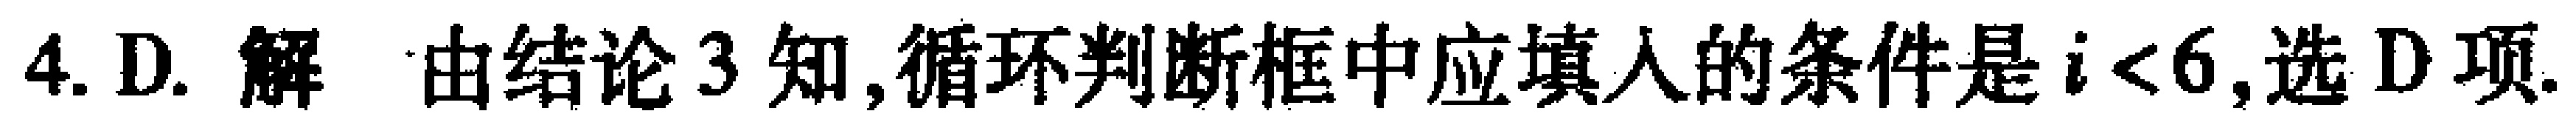
4. D. 解 由结论 3 知,循环判断框中应填入的条件是 \(i < 6\),选 D 项.